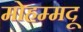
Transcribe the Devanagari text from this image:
मोहम्मदू